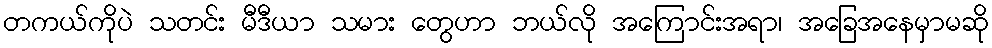
တကယ်ကိုပဲ သတင်း မီဒီယာ သမား တွေဟာ ဘယ်လို အကြောင်းအရာ၊ အခြေအနေမှာမဆို